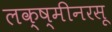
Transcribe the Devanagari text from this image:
लक्ष्मीनरसू